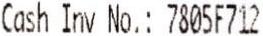
CASH INV NO.: 7805F712